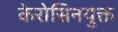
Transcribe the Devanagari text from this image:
केरोसिनयुक्त